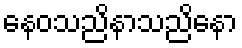
နေဝသညိနာသညိနော